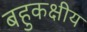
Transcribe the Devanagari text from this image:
बहुकक्षीय